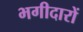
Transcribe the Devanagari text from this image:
भगीदारों